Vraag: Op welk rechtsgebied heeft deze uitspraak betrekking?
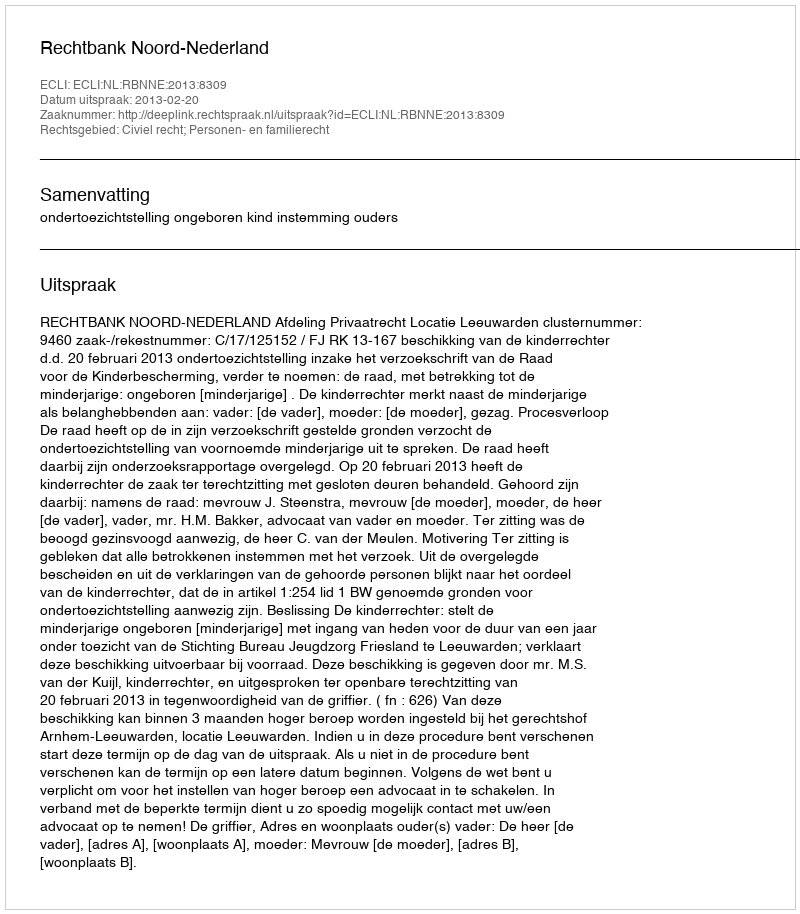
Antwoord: Civiel recht; Personen- en familierecht